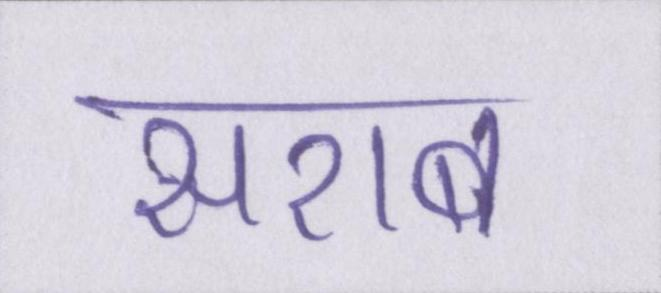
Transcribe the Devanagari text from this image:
सराब